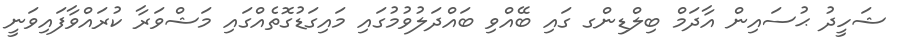
ޝަހީދު ޙުސައިން އާދަމް ބިލްޑިންގ ގައި ބޭއްވި ބައްދަލުވުމުގައި މައިގަޑުގޮތެއްގައި މަޝްވަރާ ކުރައްވާފައިވަނީ